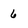
Character: 6